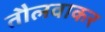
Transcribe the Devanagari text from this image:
तौलवाकर